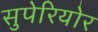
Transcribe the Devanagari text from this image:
सुपेरियोर